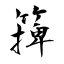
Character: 篺